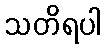
သတိရပါ